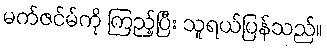
မက်ဇင်မ်ကို ကြည့်ပြီး သူရယ်ပြန်သည်။